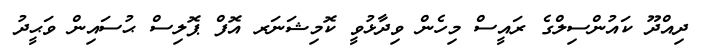
ދިއްދޫ ކައުންސިލްގެ ރައީސް މިހެން ވިދާޅުވީ ކޮމިޝަނަރ އޮފް ޕޮލިސް ޙުސައިން ވަޙީދު